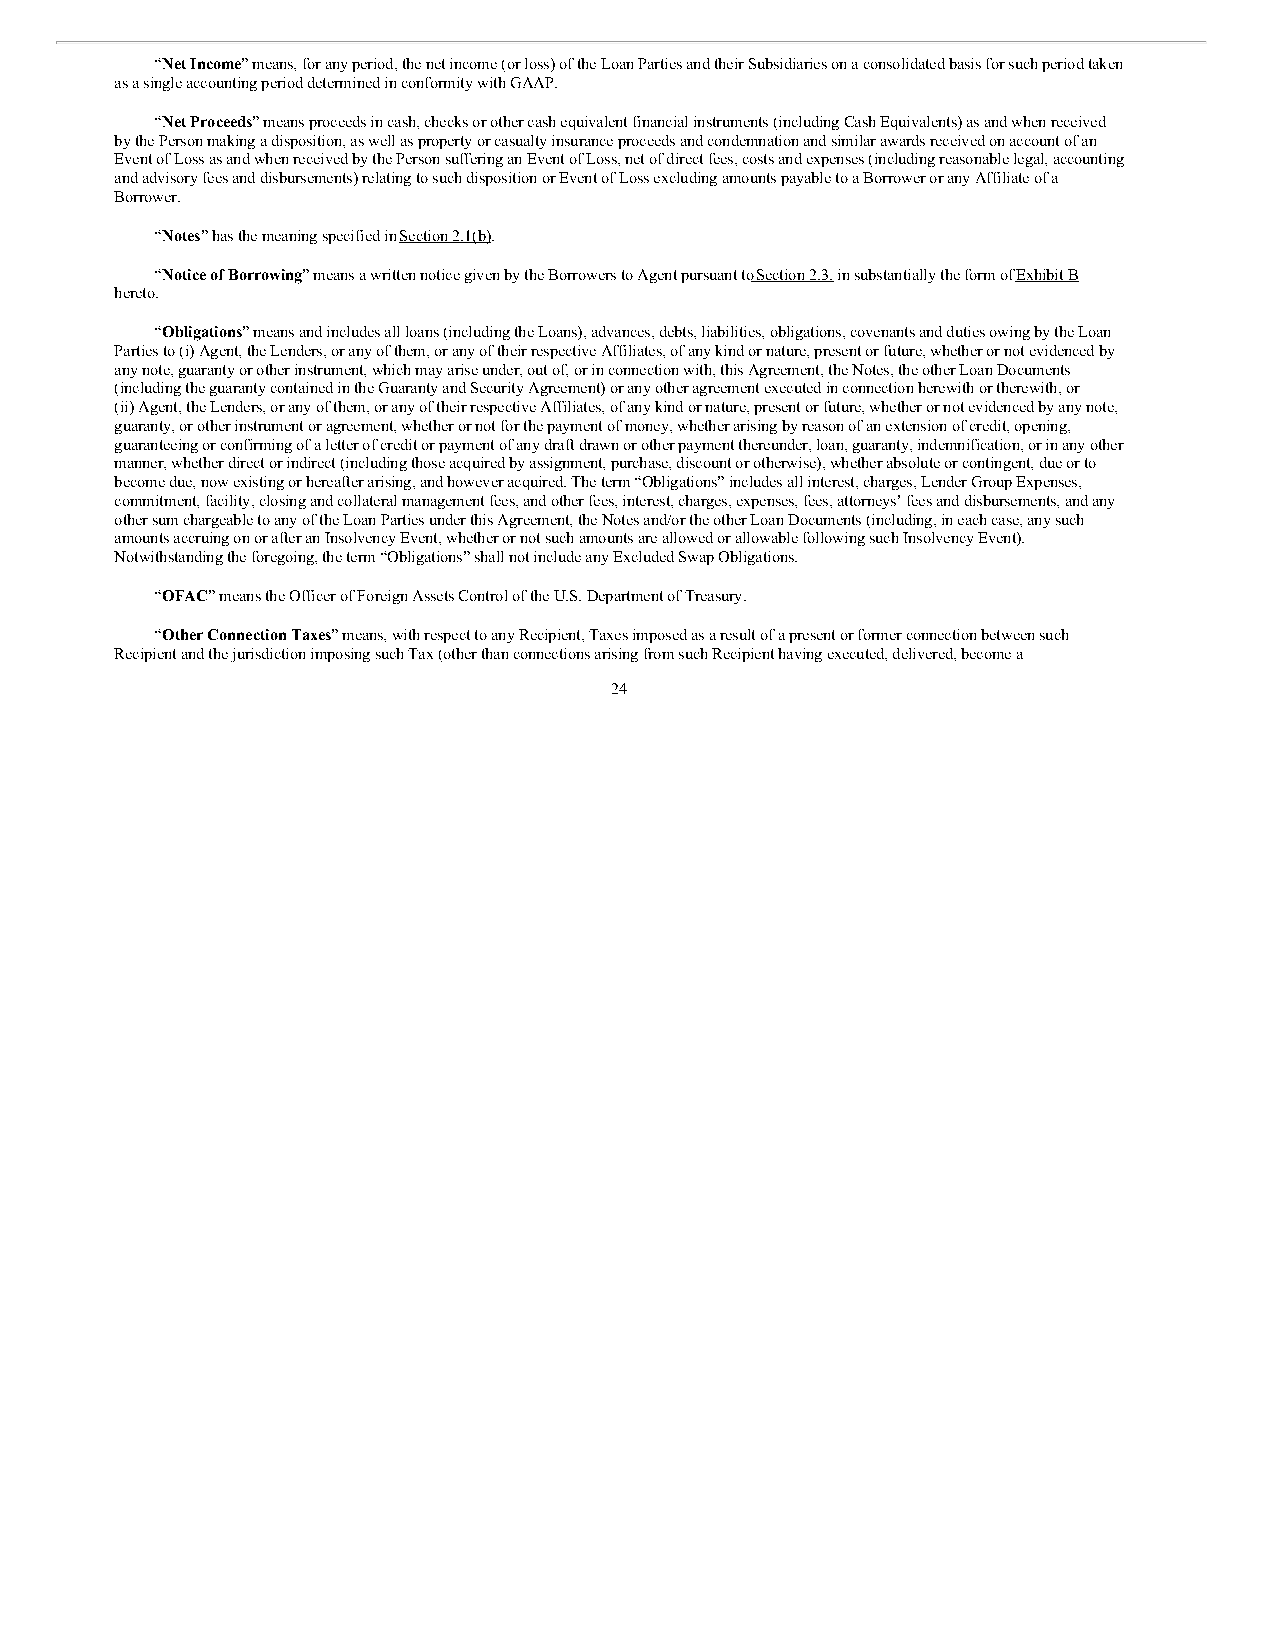
“Net Income” means, for any period, the net income (or loss) of the Loan Parties and their Subsidiaries on a consolidated basis for such period taken
 as a single accounting period determined in conformity with GAAP.
 “Net Proceeds” means proceeds in cash, checks or other cash equivalent financial instruments (including Cash Equivalents) as and when received
 by the Person making a disposition, as well as property or casualty insurance proceeds and condemnation and similar awards received on account of an
 Event of Loss as and when received by the Person suffering an Event of Loss, net of direct fees, costs and expenses (including reasonable legal, accounting
 and advisory fees and disbursements) relating to such disposition or Event of Loss excluding amounts payable to a Borrower or any Affiliate of a
 Borrower.
 “Notes” has the meaning specified in Section 2.1(b).
 “Notice of Borrowing” means a written notice given by the Borrowers to Agent pursuant to Section 2.3, in substantially the form of Exhibit B
 hereto.
 “Obligations” means and includes all loans (including the Loans), advances, debts, liabilities, obligations, covenants and duties owing by the Loan
 Parties to (i) Agent, the Lenders, or any of them, or any of their respective Affiliates, of any kind or nature, present or future, whether or not evidenced by
 any note, guaranty or other instrument, which may arise under, out of, or in connection with, this Agreement, the Notes, the other Loan Documents
 (including the guaranty contained in the Guaranty and Security Agreement) or any other agreement executed in connection herewith or therewith, or
 (ii) Agent, the Lenders, or any of them, or any of their respective Affiliates, of any kind or nature, present or future, whether or not evidenced by any note,
 guaranty, or other instrument or agreement, whether or not for the payment of money, whether arising by reason of an extension of credit, opening,
 guaranteeing or confirming of a letter of credit or payment of any draft drawn or other payment thereunder, loan, guaranty, indemnification, or in any other
 manner, whether direct or indirect (including those acquired by assignment, purchase, discount or otherwise), whether absolute or contingent, due or to
 become due, now existing or hereafter arising, and however acquired. The term “Obligations” includes all interest, charges, Lender Group Expenses,
 commitment, facility, closing and collateral management fees, and other fees, interest, charges, expenses, fees, attorneys’ fees and disbursements, and any
 other sum chargeable to any of the Loan Parties under this Agreement, the Notes and/or the other Loan Documents (including, in each case, any such
 amounts accruing on or after an Insolvency Event, whether or not such amounts are allowed or allowable following such Insolvency Event).
 Notwithstanding the foregoing, the term “Obligations” shall not include any Excluded Swap Obligations.
 “OFAC” means the Officer of Foreign Assets Control of the U.S. Department of Treasury.
 “Other Connection Taxes” means, with respect to any Recipient, Taxes imposed as a result of a present or former connection between such
 Recipient and the jurisdiction imposing such Tax (other than connections arising from such Recipient having executed, delivered, become a
 24